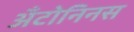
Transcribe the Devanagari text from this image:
अँटोनिनस